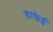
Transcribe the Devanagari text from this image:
हाफेई